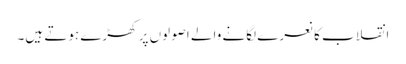
انقلاب کا نعرے لگانے والے اصولوں پر کھڑے ہوتے ہیں۔